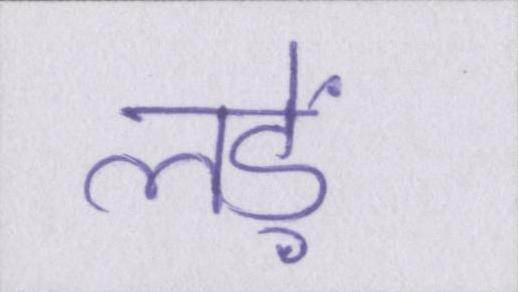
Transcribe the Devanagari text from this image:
लड़ें